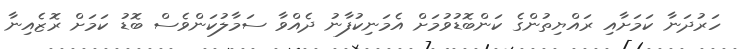
ހަރުދަނާ ކަމަށާއި ރައްޔިތުންގެ ކަންބޮޑުވުމަށް އެމަނިކުފާނު ދެއްވާ ސަމާލުކަންވެސް ބޮޑު ކަމަށް ރޮޒެއިނާ